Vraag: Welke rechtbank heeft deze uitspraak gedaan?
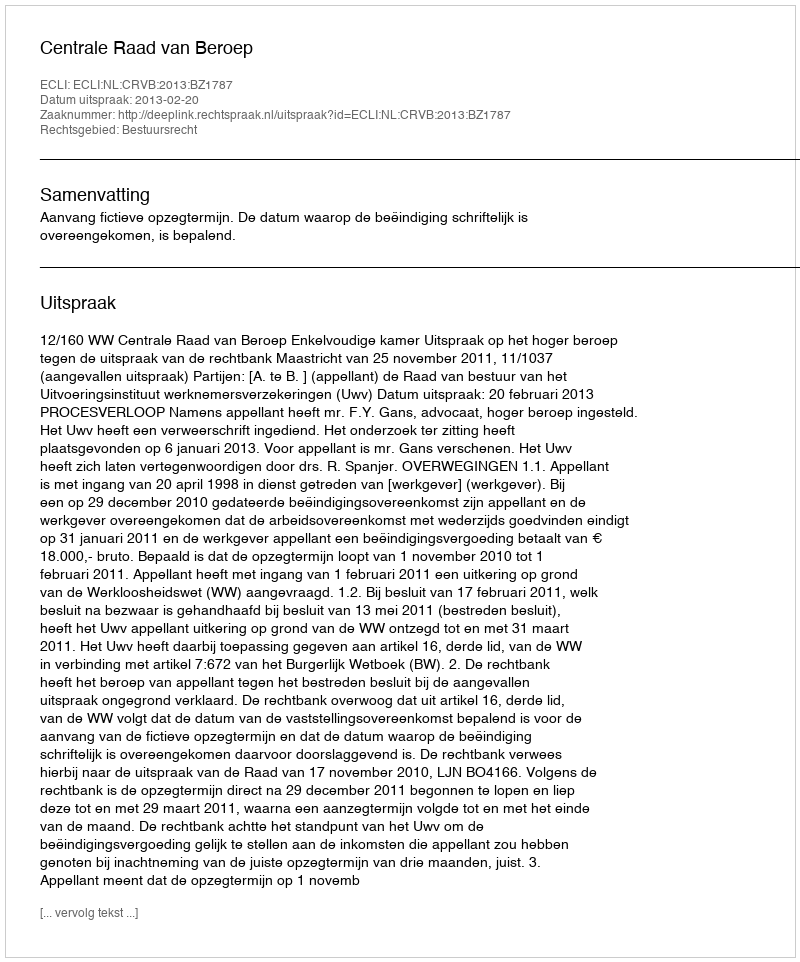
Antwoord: Centrale Raad van Beroep